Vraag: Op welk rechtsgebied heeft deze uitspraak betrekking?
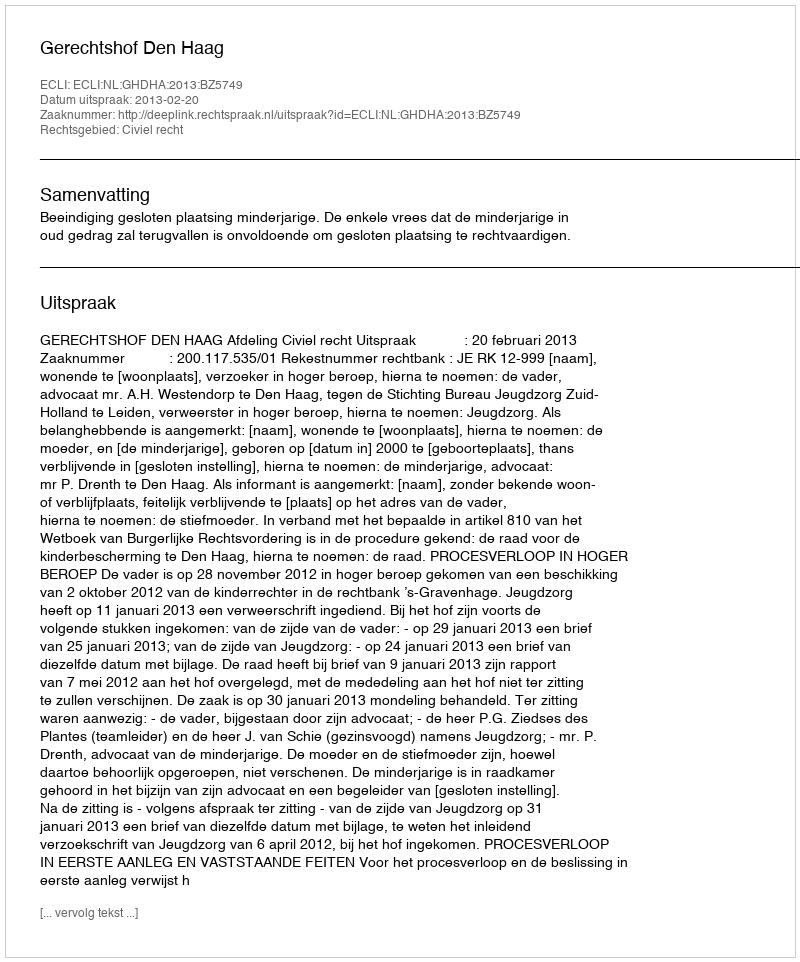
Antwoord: Civiel recht